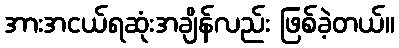
အားအငယ်ရဆုံးအချိန်လည်း ဖြစ်ခဲ့တယ်။